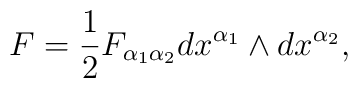
F=\frac{1}{2}F_{\alpha _{1}\alpha _{2}}dx^{\alpha _{1}}\wedge dx^{\alpha_{2}},